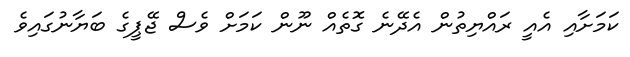
ކަމަށާއި އެއީ ރައްޔިތުން އެދޭނެ ގޮތެއް ނޫން ކަމަށް ވެސް ޖޭޕީގެ ބަޔާނުގައިވެ